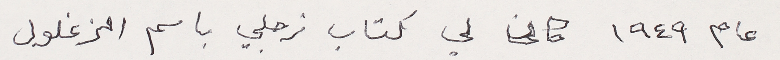
عام ١٩٤٩ كان لي كتاب زجلي باسم الزغلول